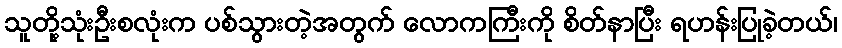
သူတို့သုံးဦးစလုံးက ပစ်သွားတဲ့အတွက် လောကကြီးကို စိတ်နာပြီး ရဟန်းပြုခဲ့တယ်၊